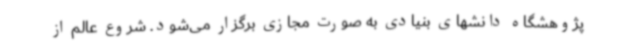
پژوهشگاه دانشهای بنیادی به صورت مجازی برگزار می‌شود. شروع عالم از